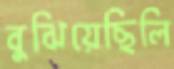
বুঝিয়েছিলি